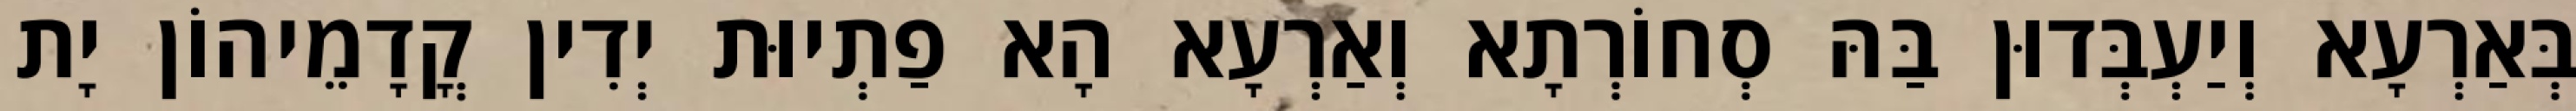
בְּאַרְעָא וְיַעְבְּדוּן בַּהּ סְחוֹרְתָא וְאַרְעָא הָא פַתְיוּת יְדִין קֳדָמֵיהוֹן יָת